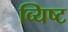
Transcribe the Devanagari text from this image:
व्यिष्ट